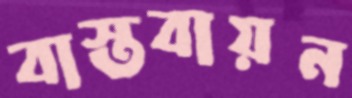
বাস্তবায়ন